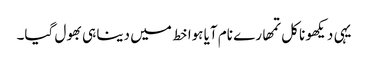
یہی دیکھو نا کل تمھارے نام آیا ہوا خط میں دینا ہی بھول گیا۔